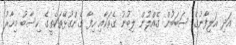
އަދި އަލިފާނުގެ ސަބަބުން ގެއްލުން ލިބުނު ގެތަކާއި ހިފާ ގެންގުޅޭތަކެތީގެ ހިސާބު މިހާރު